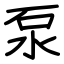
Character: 泵